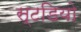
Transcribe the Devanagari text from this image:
स्टडियो